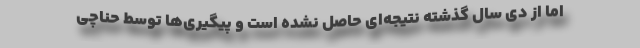
اما از دی سال گذشته نتیجه‌ای حاصل نشده است و پیگیری‌ها توسط حناچی